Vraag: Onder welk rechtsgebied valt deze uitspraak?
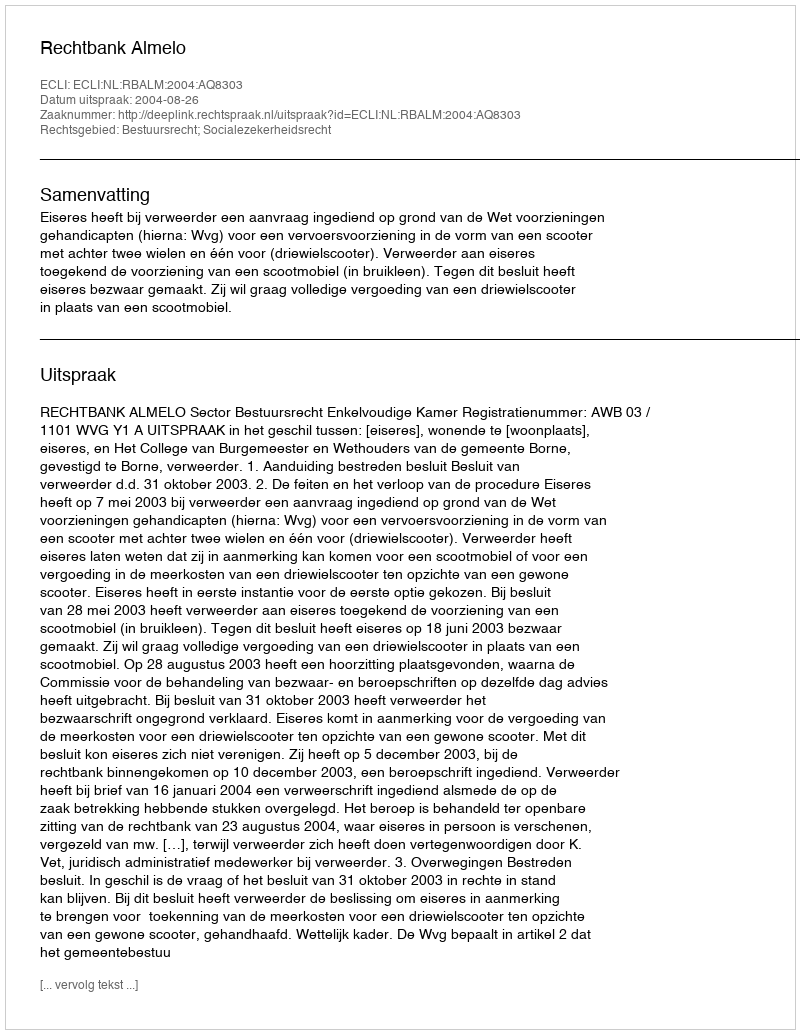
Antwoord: Bestuursrecht; Socialezekerheidsrecht